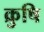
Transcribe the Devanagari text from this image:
क्रुषि